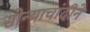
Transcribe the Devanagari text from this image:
सोन्याचांदीने